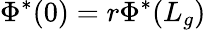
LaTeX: \Phi^{*}(0)=r\Phi^{*}(L_{g})